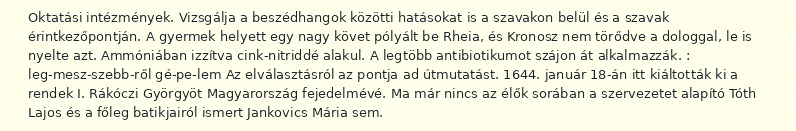
Oktatási intézmények. Vizsgálja a beszédhangok közötti hatásokat is a szavakon belül és a szavak érintkezőpontján. A gyermek helyett egy nagy követ pólyált be Rheia, és Kronosz nem törődve a dologgal, le is nyelte azt. Ammóniában izzítva cink-nitriddé alakul. A legtöbb antibiotikumot szájon át alkalmazzák. : leg-mesz-szebb-ről gé-pe-lem Az elválasztásról az pontja ad útmutatást. 1644. január 18-án itt kiáltották ki a rendek I. Rákóczi Györgyöt Magyarország fejedelmévé. Ma már nincs az élők sorában a szervezetet alapító Tóth Lajos és a főleg batikjairól ismert Jankovics Mária sem.